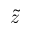
\tilde { z }